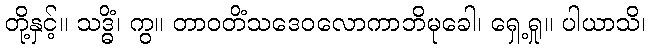
တို့နှင့်။ သဒ္ဓိံ၊ ကွ။ တာဝတိံသဒေဝလောကာဘိမုခေါ၊ ရှေ့ရှု။ ပါယာသိ၊